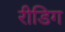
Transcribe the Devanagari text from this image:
रीडिग